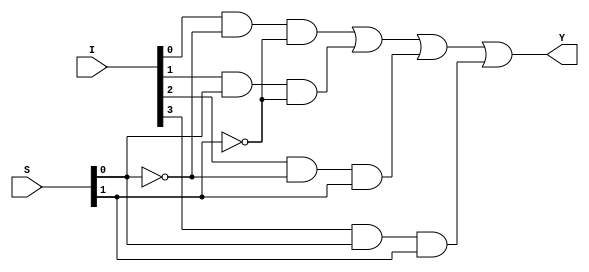
module four_to_one_mux
(
	Y,
	I,
	S
);

	output Y;
	input [3:0] I;
	input [1:0] S;

	wire tmp0, tmp1, tmp2, tmp3;
	and and_0(tmp0, I[0], ~S[0], ~S[1]);
	and and_1(tmp1, I[1], S[0], ~S[1]);
	and and_2(tmp2, I[2], ~S[0], S[1]);
	and and_3(tmp3, I[3], S[0], S[1]);

	assign Y = tmp0 | tmp1 | tmp2 | tmp3;

endmodule